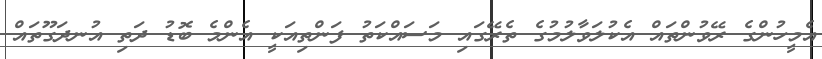
އެމީހުންގެ ރޭވުންތައް އެކުލަވާލުމުގެ ތެރޭގައި މަސައްކަތު ފަންތިއަކީ އެންމެ ބޮޑު ދަތި އުނދަގޫތައް